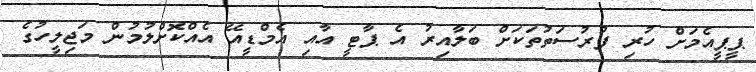
ޕީޕީއެމަށް ހުރި ފުރުސަތުތަކަށް ބަލާއިރު އެ ޕާޓީ އާއި އެމްޑީއޭ އެއްކޮށްލުމުން މަޖިލީހުގެ